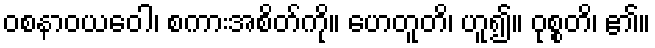
ဝစနာဝယဝေါ၊ စကားအစိတ်ကို။ ဟေတူတိ၊ ဟူ၍။ ဝုစ္စတိ၊ ၏။